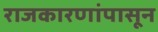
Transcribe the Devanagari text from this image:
राजकारणांपासून